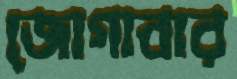
জোগাবার